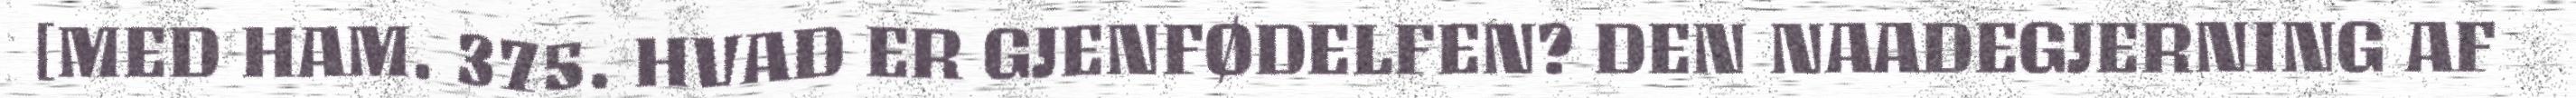
[MED HAM. 375. HVAD ER GJENFØDELFEN? DEN NAADEGJERNING AF